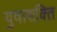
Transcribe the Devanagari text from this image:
युवाशक्‍ित